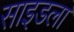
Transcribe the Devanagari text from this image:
साइडला